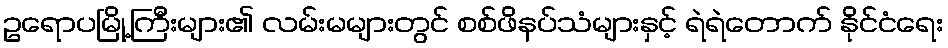
ဥရောပမြို့ကြီးများ၏ လမ်းမများတွင် စစ်ဖိနပ်သံများနှင့် ရဲရဲတောက် နိုင်ငံရေး